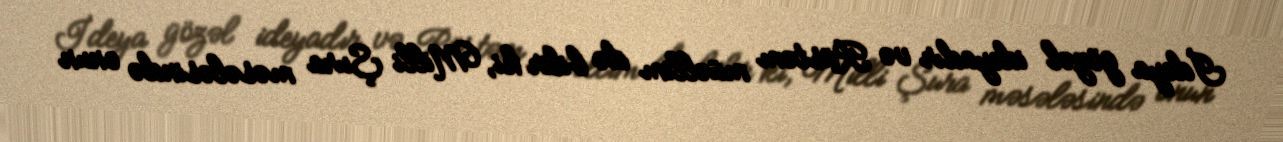
İdeya gözəl ideyadır və Rüstəm müəllim də bilir ki, Milli Şura məsələsində onun